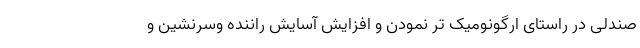
صندلی در راستای ارگونومیک تر نمودن و افزایش آسایش راننده وسرنشین و